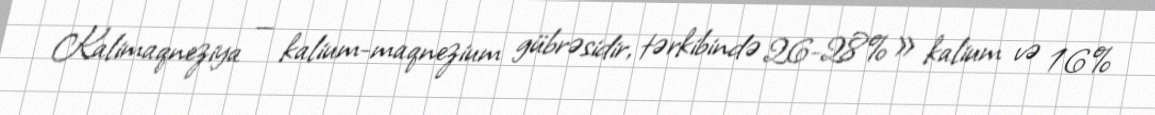
Kalimaqneziya — kalium-maqnezium gübrəsidir, tərkibində 26-28%» kalium və 16%